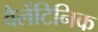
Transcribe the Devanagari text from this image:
वैलेंटिनिक